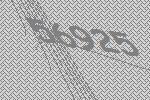
56925